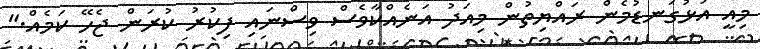
މިއީ އަޅުގަނޑުމެން ރައްޔިތުން މިއަދު އަނެއްކާވެސް ވިސްނައި ފިކުރު ކުރަން ޖެހޭ ކަމެއް."